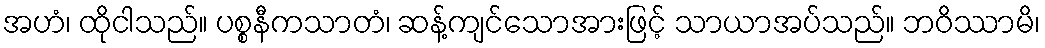
အဟံ၊ ထိုငါသည်။ ပစ္စနီကသာတံ၊ ဆန့်ကျင်သောအားဖြင့် သာယာအပ်သည်။ ဘဝိဿာမိ၊